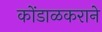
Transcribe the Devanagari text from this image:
कोंडाळकराने